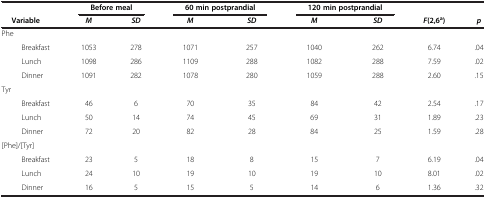
|  | <COLSPAN=2> Before meal | <COLSPAN=2> 60 min postprandial | <COLSPAN=2> 120 min postprandial |  |  |
 | Variable | M | SD | M | SD | M | SD | F(2,6a) | p |
 | --- | --- | --- | --- | --- | --- | --- | --- | --- |
 | Phe |  |  |  |  |  |  |  |  |
 | Breakfast | 1053 | 278 | 1071 | 257 | 1040 | 262 | 6.74 | .04 |
 | Lunch | 1098 | 286 | 1109 | 288 | 1082 | 288 | 7.59 | .02 |
 | Dinner | 1091 | 282 | 1078 | 280 | 1059 | 288 | 2.60 | .15 |
 | Tyr |  |  |  |  |  |  |  |  |
 | Breakfast | 46 | 6 | 70 | 35 | 84 | 42 | 2.54 | .17 |
 | Lunch | 50 | 14 | 74 | 45 | 69 | 31 | 1.89 | .23 |
 | Dinner | 72 | 20 | 82 | 28 | 84 | 25 | 1.59 | .28 |
 | [Phe]/[Tyr] |  |  |  |  |  |  |  |  |
 | Breakfast | 23 | 5 | 18 | 8 | 15 | 7 | 6.19 | .04 |
 | Lunch | 24 | 10 | 19 | 10 | 19 | 10 | 8.01 | .02 |
 | Dinner | 16 | 5 | 15 | 5 | 14 | 6 | 1.36 | .32 |